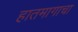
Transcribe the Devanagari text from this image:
हातमागाचा